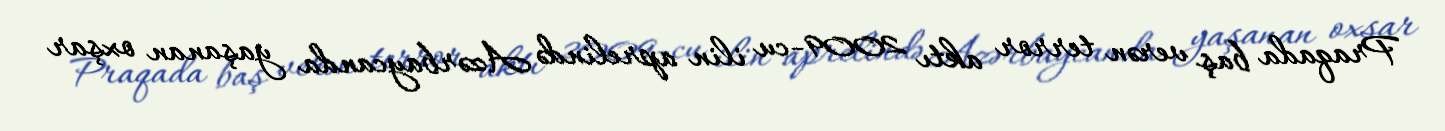
Praqada baş verən terror aktı 2009-cu ilin aprelində Azərbaycanda yaşanan oxşar